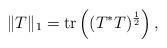
\begin{align*}\|T\|_1 = \mbox{tr}\left((T^*T)^\frac{1}{2}\right),\end{align*}